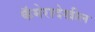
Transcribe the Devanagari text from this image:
कॅमेरादेखील